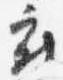
府